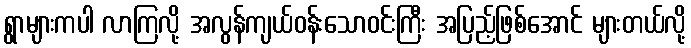
ရွာများကပါ လာကြလို့ အလွန်ကျယ်ဝန်းသောဝင်းကြီး အပြည့်ဖြစ်အောင် များတယ်လို့